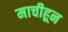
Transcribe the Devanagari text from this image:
माचीहून